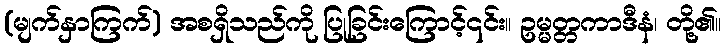
(မျက်နှာကြက်) အစရှိသည်ကို ပြုခြင်းကြောင့်၎င်း။ ဥမ္မတ္တကာဒီနံ၊ တို့၏။